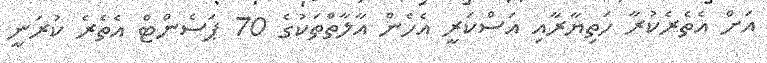
އަށް އެތެރެކުރާ ހަތިޔާރާއި އަސްކަރީ އެހެން އާލާތްތަކުގެ 70 ޕަސެންޓް އެތެރެ ކުރަނީ